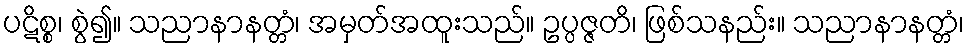
ပဋိစ္စ၊ စွဲ၍။ သညာနာနတ္တံ၊ အမှတ်အထူးသည်။ ဥပ္ပဇ္ဇတိ၊ ဖြစ်သနည်း။ သညာနာနတ္တံ၊